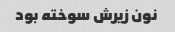
نون زیرش سوخته بود